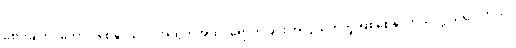
ခံစားချက်ပိုကောင်းစေနိုင်သလို အထွတ်အထိပ်ရောက်ခြင်း အလွယ်တကူ ဖြစ်စေနိုင်တယ်လို့ သိရပါတယ်။